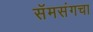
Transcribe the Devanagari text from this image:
सॅमसंगचा